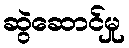
ဆွဲဆောင်မှု